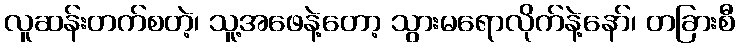
လူဆန်းတက်စတဲ့၊ သူ့အဖေနဲ့တော့ သွားမရောလိုက်နဲ့နော်၊ တခြားစီ